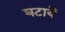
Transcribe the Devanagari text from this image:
घटायें